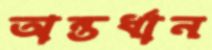
অন্তর্ধান